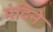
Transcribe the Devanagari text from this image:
मंदिने